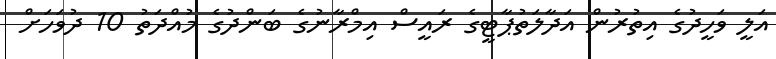
އަލީ ވަހީދުގެ އިތުރުން އަދާލަތުޕާޓީގެ ރައީސް އިމްރާނުގެ ބަންދުގެ މުއްދަތު 10 ދުވަހަށް